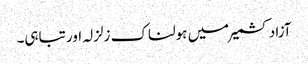
آزاد کشمیر میں ہولناک زلزلہ اور تباہی۔